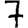
Digit: 7